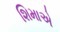
શિમાએ